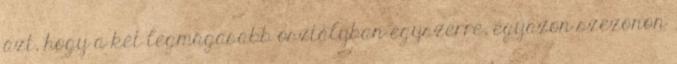
azt, hogy a két legmagasabb osztályban egyszerre, egyazon szezonon